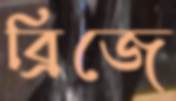
ব্রিজে